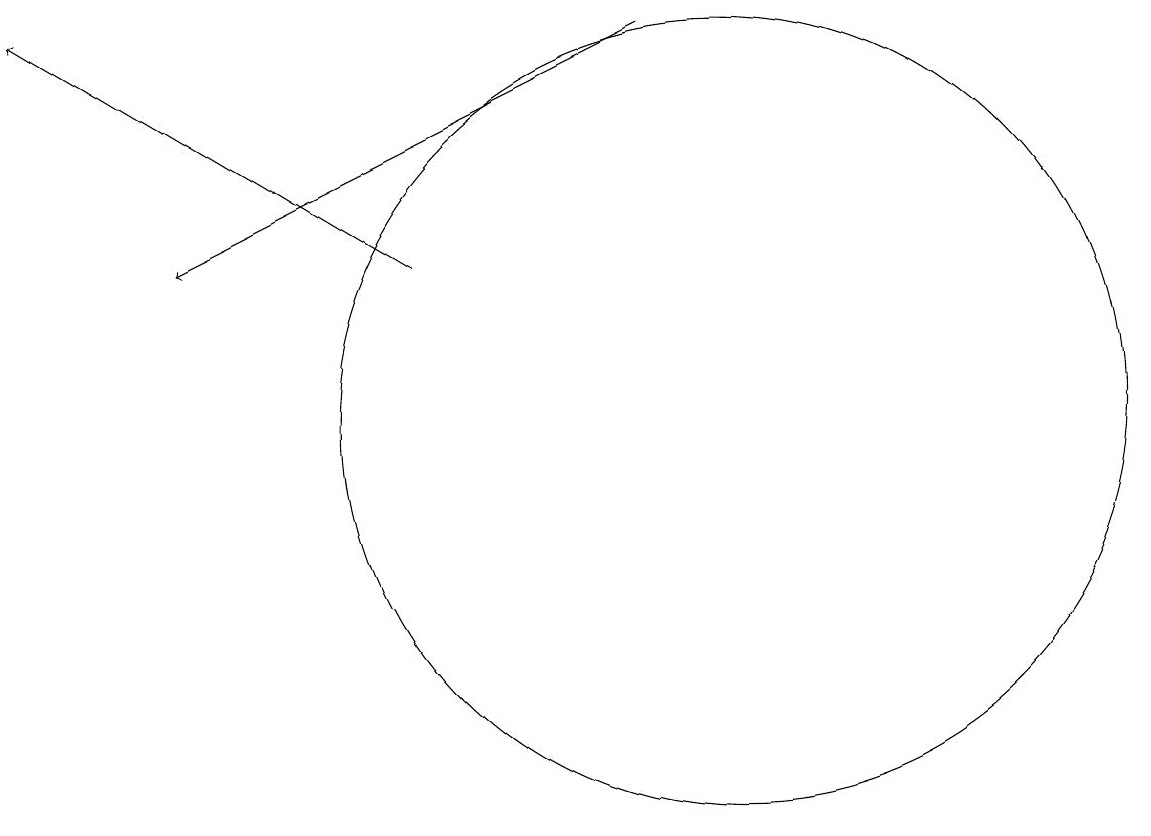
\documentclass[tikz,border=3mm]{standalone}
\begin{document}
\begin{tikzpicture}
\draw[->] (9,16) -- (3,13);
\draw[->] (6,13) -- (1,16);
\draw (10,11) circle (5);
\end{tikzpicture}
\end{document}